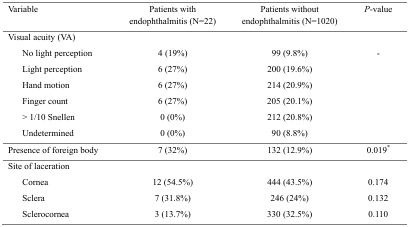
| Variable | Patients with endophthalmitis (N=22) | Patients without endophthalmitis (N=1020) | P-value |
 | --- | --- | --- | --- |
 | Visual acuity (VA) | <COLSPAN=3>  |
 | No light perception | 4 (19%) | 99 (9.8%) | - |
 | Light perception | 6 (27%) | 200 (19.6%) |  |
 | Hand motion | 6 (27%) | 214 (20.9%) |  |
 | Finger count | 6 (27%) | 205 (20.1%) |  |
 | > 1/10 Snellen | 0 (0%) | 212 (20.8%) |  |
 | Undetermined | 0 (0%) | 90 (8.8%) |  |
 | Presence of foreign body | 7 (32%) | 132 (12.9%) | 0.019* |
 | Site of laceration | <COLSPAN=3>  |
 | Cornea | 12 (54.5%) | 444 (43.5%) | 0.174 |
 | Sclera | 7 (31.8%) | 246 (24%) | 0.132 |
 | Sclerocornea | 3 (13.7%) | 330 (32.5%) | 0.110 |